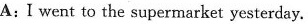
A:I went to the supermarket yesterday.